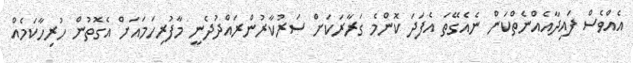
އެއްވެސް ފައިދާއެއްނެތްކަން ނެއެގޭތަ އެފަދަ ކޮންމެ ގަރާރަކަށް ސަރުކާރުންރައްދުދެނީ މާފުރިހަމައަށް އެގޮތުން ހުރިހާކަމެއް